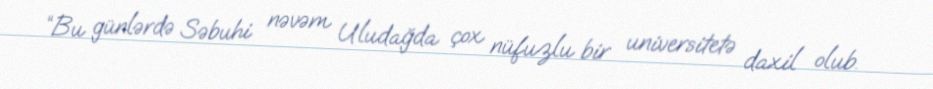
“Bu günlərdə Səbuhi nəvəm Uludağda çox nüfuzlu bir universitetə daxil olub.